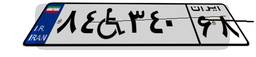
۷۴W۷۰۳۹۶